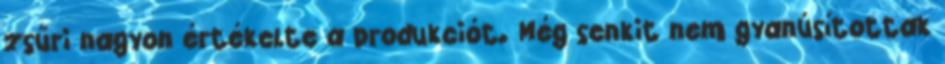
zsűri nagyon értékelte a produkciót. Még senkit nem gyanúsítottak